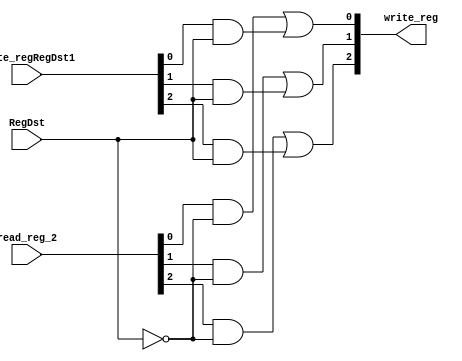
module mux2x1ThreeBits(write_reg,read_reg_2,write_regRegDst1,RegDst);
output[2:0] write_reg;
input[2:0] read_reg_2,write_regRegDst1;
input wire RegDst;
wire notRegDst;

not reverseRegDst(notRegDst,RegDst);

wire [2:0] ans1,ans2;

and and1(ans1[0],read_reg_2[0],notRegDst);
and and2(ans1[1],read_reg_2[1],notRegDst);
and and3(ans1[2],read_reg_2[2],notRegDst);

and and4(ans2[0],write_regRegDst1[0],RegDst);
and and5(ans2[1],write_regRegDst1[1],RegDst);
and and6(ans2[2],write_regRegDst1[2],RegDst);

or findWriteReg(write_reg[0],ans1[0],ans2[0]);
or findWriteReg2(write_reg[1],ans1[1],ans2[1]);
or findWriteReg3(write_reg[2],ans1[2],ans2[2]);
endmodule